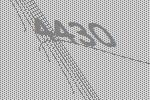
4430